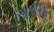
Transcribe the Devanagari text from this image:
संभूतविजय